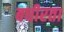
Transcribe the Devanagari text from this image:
बधीरता